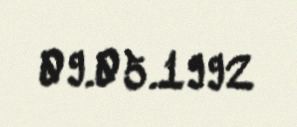
09.05.1992